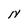
Character: N